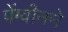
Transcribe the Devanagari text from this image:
पेंग्वीनने